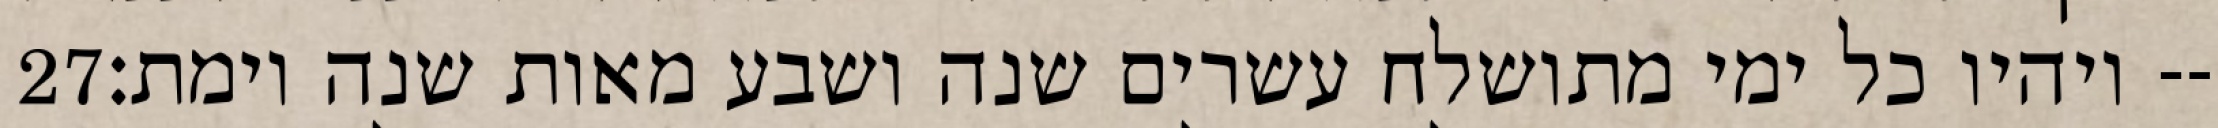
‎27‏ ויהיו כל ימי מתושלח עשרים שנה ושבע מאות שנה וימת׃--